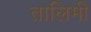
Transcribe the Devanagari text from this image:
तालिमी